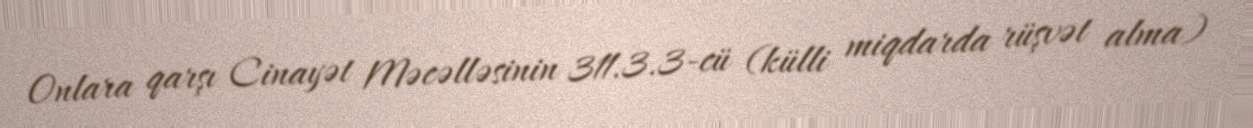
Onlara qarşı Cinayət Məcəlləsinin 311.3.3-cü (külli miqdarda rüşvət alma)